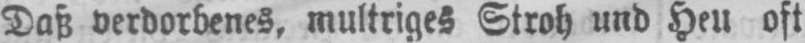
Daß verdorbenes, multriges Stroh und Heu oft